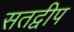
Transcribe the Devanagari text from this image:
सतद्वीप